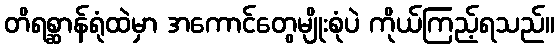
တိရစ္ဆာန်ရုံထဲမှာ အကောင်တွေမျိုးစုံပဲ ကိုယ်ကြည့်ရသည်။